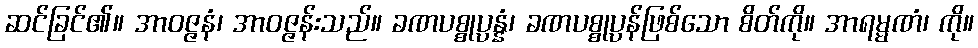
ဆင်ခြင်၏။ အာဝဇ္ဇနံ၊ အာဝဇ္ဇန်းသည်။ ခဏပစ္စုပ္ပန္နံ၊ ခဏပစ္စုပ္ပန်ဖြစ်သော စိတ်ကို။ အာရမ္မဏံ၊ ကို။